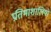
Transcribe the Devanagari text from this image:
प्रतिभाशालियों